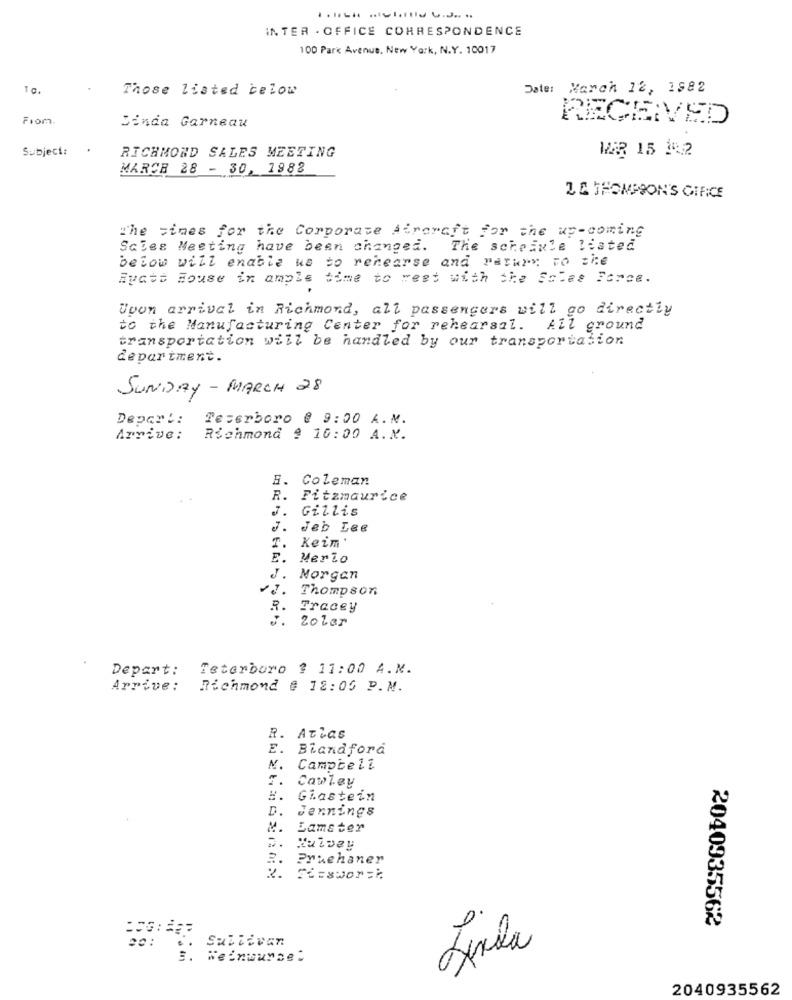
INTER . OFFICE CORRESPONDENCE
100 Park Avenue, New York, N.Y. 10017
Those listed below
Date: March 12, 1582
Fiom.
RECEIVED
Sinda Garneau
Subject:
WER 15 142
RICHMOND SALES MEETING
MARCH 28 - 30, 1982
ZE THOMPSON'S CIFICE
The vines for the Corporate Atroraft for the up-coming
Scies Meeting have been changed. The scheinle listed
below will enable wo to rehearse and Paraly to the
Byatt House in ample time to weet with the Sales Force.
Upon arrival in Richmond, all passengers will go directly
to the Manufacturing Center for rehearsal. All ground
transportation will be handled by our transportation
department.
SUNDAY - MARCH 28
Depart:
Teserboro @ 9:00 A.N.
Arrive:
Richmond 9 10:00 A.N.
B. Coleman
R.
Fitzmaurice
Gillis
Jeb Lee
Keim '
Merio
J.
Norgan
Thompson
R.
Tracey
0
solar
Depart:
Teterboro @ 11:00 A.M.
Arrive:
Richmond @ 12:00 P.M.
R
Atlas
E.
E. BR
Blandford
N.
Campbell
Cawley
Giastein
D.
dennings
Lams ter
Pruehaner
2040935562
Sullivan
00:
Weinwuyse:
2040935562